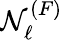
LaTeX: \mathcal{N}_{\ell}^{(F)}